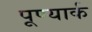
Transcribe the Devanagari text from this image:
पूण्यार्क